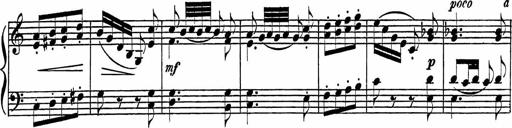
Title: Piano Sonatinas
Composer: Charles Fradel